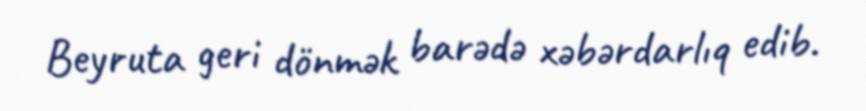
Beyruta geri dönmək barədə xəbərdarlıq edib.